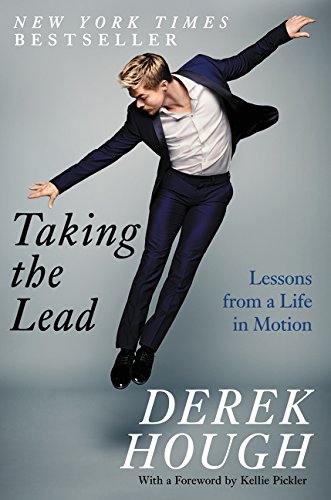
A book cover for Taking the Lead: Lessons from a Life in Motion; Derek Hough; Humor & Entertainment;